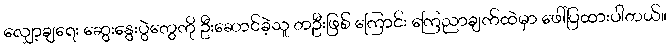
လျှော့ချရေး ဆွေးနွေးပွဲတွေကို ဦးဆောင်ခဲ့သူ တဦးဖြစ် ကြောင်း ကြေညာချက်ထဲမှာ ဖေါ်ပြထားပါတယ်။